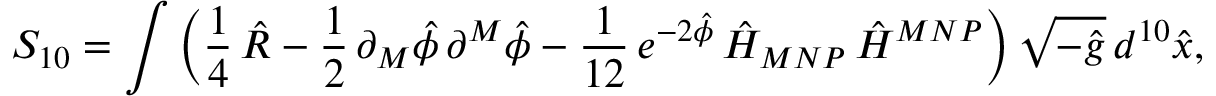
S _ { 1 0 } = \int \left( \frac { 1 } { 4 } \, \hat { R } - \frac { 1 } { 2 } \, \partial _ { M } \hat { \phi } \, \partial ^ { M } \hat { \phi } - \frac { 1 } { 1 2 } \, e ^ { - 2 \hat { \phi } } \, \hat { H } _ { M N P } \, \hat { H } ^ { M N P } \right) \sqrt { - \hat { g } } \, d ^ { 1 0 } \hat { x } ,